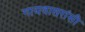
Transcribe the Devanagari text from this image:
गायवासरांसी